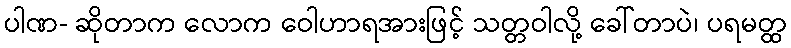
ပါဏ- ဆိုတာက လောက ဝေါဟာရအားဖြင့် သတ္တဝါလို့ ခေါ်တာပဲ၊ ပရမတ္ထ